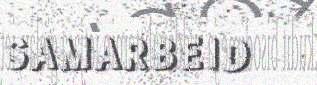
SAMARBEID